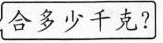
合多少千克？